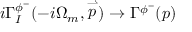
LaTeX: i \Gamma _ { I } ^ { \phi ^ { - } } ( - i \Omega _ { m } , \stackrel { \rightharpoonup } { p } ) \rightarrow \Gamma ^ { \phi ^ { - } } ( p )